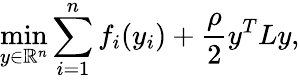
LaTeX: \operatorname*{min}_{y\in\mathbb{R}^{n}}\sum_{i=1}^{n}f_{i}(y_{i})+\frac{\rho}{2}y^{T}Ly,